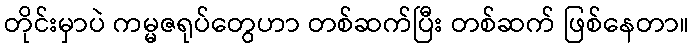
တိုင်းမှာပဲ ကမ္မဇရုပ်တွေဟာ တစ်ဆက်ပြီး တစ်ဆက် ဖြစ်နေတာ။